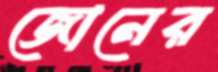
জোনের